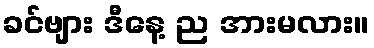
ခင်ဗျား ဒီနေ့ ည အားမလား။